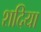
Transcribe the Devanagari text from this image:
शदिया